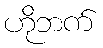
ဟိုဘက်